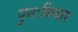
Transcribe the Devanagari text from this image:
पुनःविचार